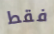
فقط